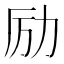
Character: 励